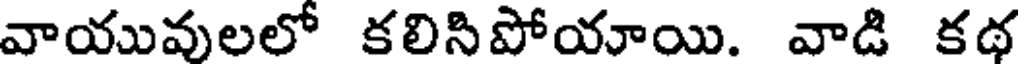
వాయువులలో కలిసిపోయాయి. వాడి కథ